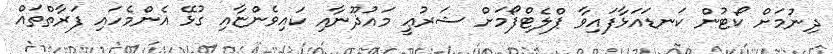
ދިނުމަށް ކޯޓުން ކަނޑައަޅާފައިވާ ޕްލެޓްފޯމަށް ޝަރުޢީ މައުޛޫނާއި ކައިވެންޏާއި ގުޅޭ އެންމެހައި ފަރާތްތައް